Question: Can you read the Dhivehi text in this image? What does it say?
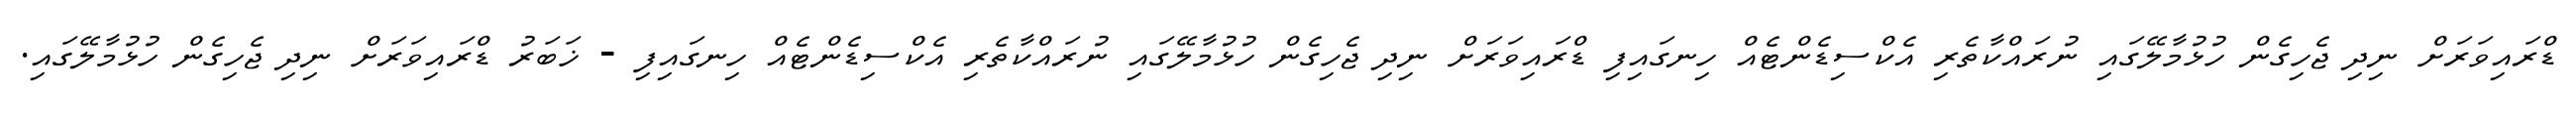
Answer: ޑްރައިވަރަށް ނިދި ޖެހިގެން ހުޅުމާލޭގައި ނުރައްކާތެރި އެކްސިޑެންޓެއް ހިނގައިފި ޑްރައިވަރަށް ނިދި ޖެހިގެން ހުޅުމާލޭގައި ނުރައްކާތެރި އެކްސިޑެންޓެއް ހިނގައިފި - ޚަބަރު ޑްރައިވަރަށް ނިދި ޖެހިގެން ހުޅުމާލޭގައި.